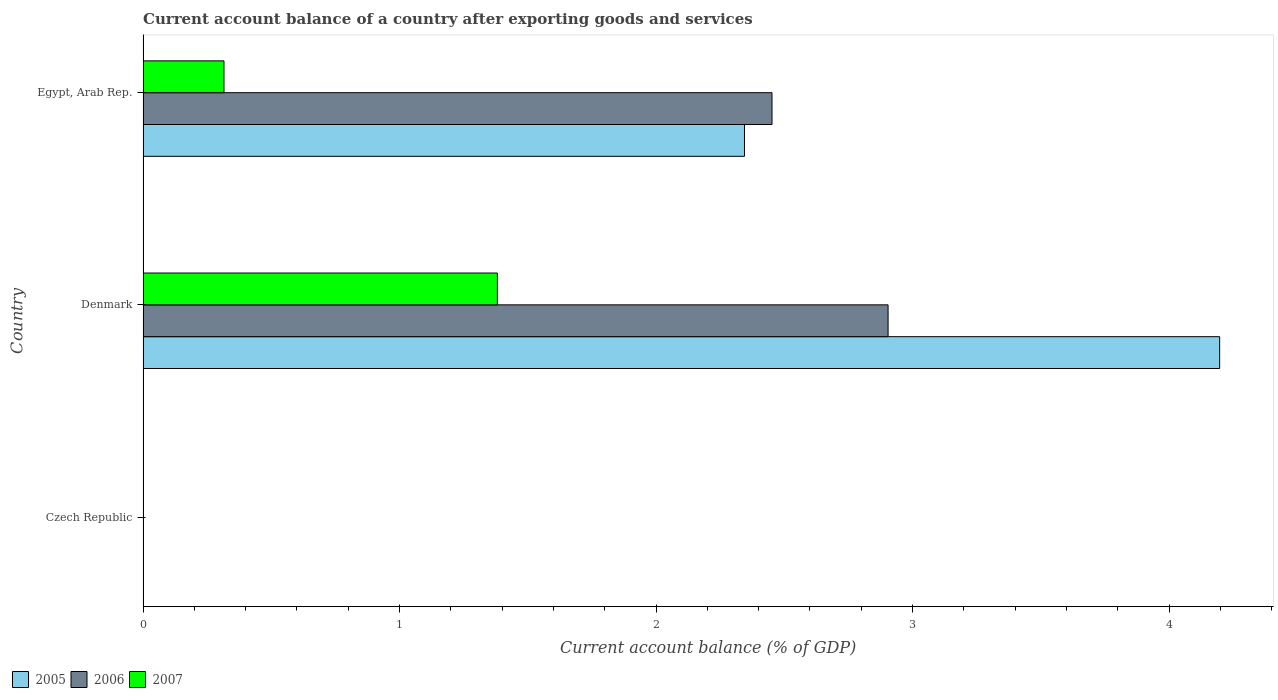
| Country | 2005 | 2006 | 2007 |
 | --- | --- | --- | --- |
 | Czech Republic | -0.889 | -2.02 | -4.21 |
 | Denmark | 4.2 | 2.9 | 1.38 |
 | Egypt, Arab Rep. | 2.34 | 2.45 | 0.315 |